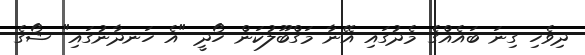
ދިވެހި ގިނަ ބައެއްގެ މެދުގައި އޭނާ މަގްބޫލުކަން ހޯދީ "އެ ހަނދާނުގައި" ޝޯގެ